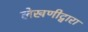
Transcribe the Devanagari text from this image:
लेखणीद्वारा